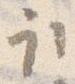
取